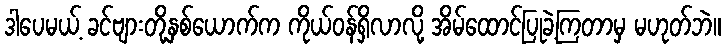
ဒါပေမယ့် ခင်ဗျားတို့နှစ်ယောက်က ကိုယ်ဝန်ရှိလာလို့ အိမ်ထောင်ပြုခဲ့ကြတာမှ မဟုတ်ဘဲ။